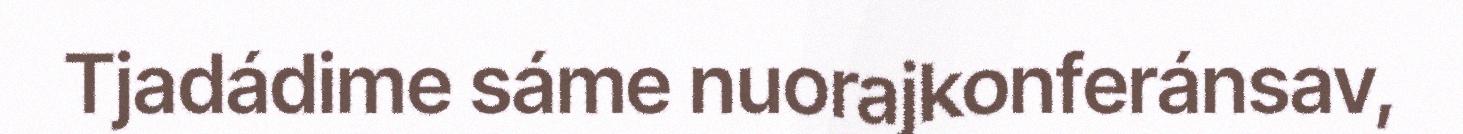
Tjadádime sáme nuorajkonferánsav,